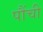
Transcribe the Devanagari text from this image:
पौंची